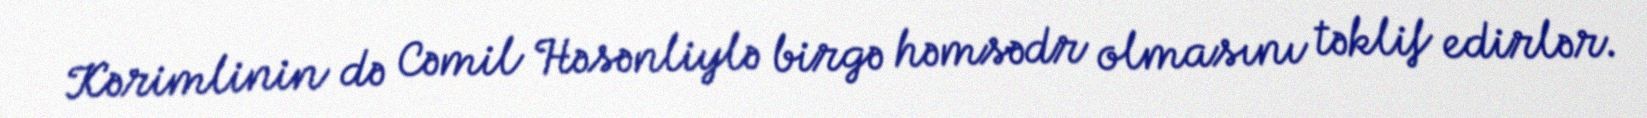
Kərimlinin də Cəmil Həsənliylə birgə həmsədr olmasını təklif edirlər.